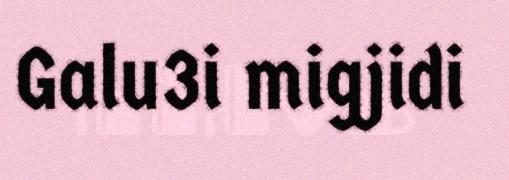
Galu3i migjidi